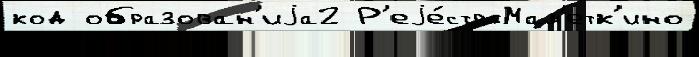
код образован'иjа2 Р'еjе́стр Мам'етк'ино